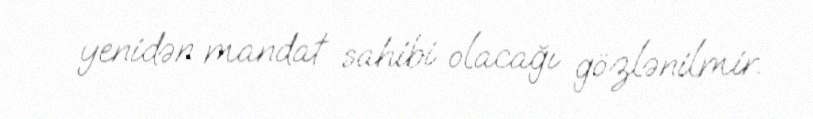
yenidən mandat sahibi olacağı gözlənilmir.